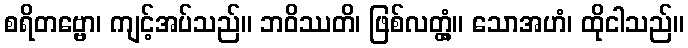
စရိတဗ္ဗော၊ ကျင့်အပ်သည်။ ဘဝိဿတိ၊ ဖြစ်လတ္တံ့။ သောအဟံ၊ ထိုငါသည်။